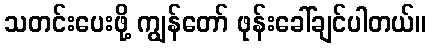
သတင်းပေးဖို့ ကျွန်တော် ဖုန်းခေါ်ချင်ပါတယ်။